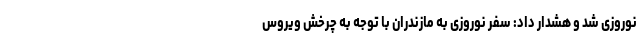
نوروزی شد و هشدار داد: سفر نوروزی به مازندران با توجه به چرخش ویروس